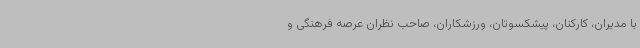
با مدیران، کارکنان، پیشکسوتان، ورزشکاران، صاحب نظران عرصه فرهنگی و